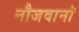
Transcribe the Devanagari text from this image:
नौजवानॉ